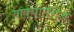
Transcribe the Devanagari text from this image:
वाक्यतिराज